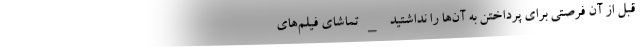
قبل از آن فرصتی برای پرداختن به آن‌ها را نداشتید _تماشای فیلم‌های